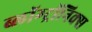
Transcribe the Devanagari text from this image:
ब्लॉग्ट्रॉनिक्स